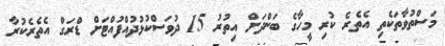
މަސްތުވާތަކެތި އެތެރެ ކުރި މީހާގެ ބަންދަށް އިތުރު 15 ދުވަސްކުޅުދުއްފުއްޓަށް ޑްރަގް އެތެރެކުރާ